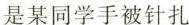
是某同学手被针扎